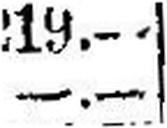
—.—